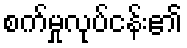
စက်မှုလုပ်ငန်း၏